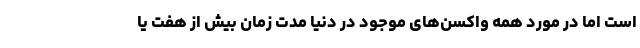
است اما در مورد همه واکسن‌های موجود در دنیا مدت زمان بیش از هفت یا